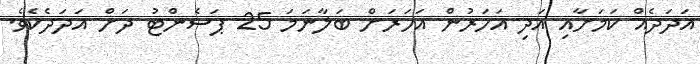
އަދަދެއް ކަމަށާއި އަދި އަހަރުން އަހަރަށް ބަލާނަމަ 25 ޕަސެންޓު ދަށް އަދަދެކެވެ.